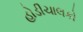
હોડીચાલકો